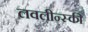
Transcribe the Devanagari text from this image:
लवलीन्स्की